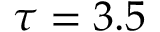
{ \tau = 3 . 5 }